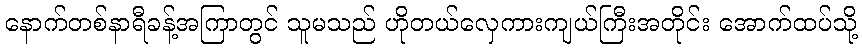
နောက်တစ်နာရီခန့်အကြာတွင် သူမသည် ဟိုတယ်လှေကားကျယ်ကြီးအတိုင်း အောက်ထပ်သို့